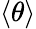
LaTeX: \langle\theta\rangle